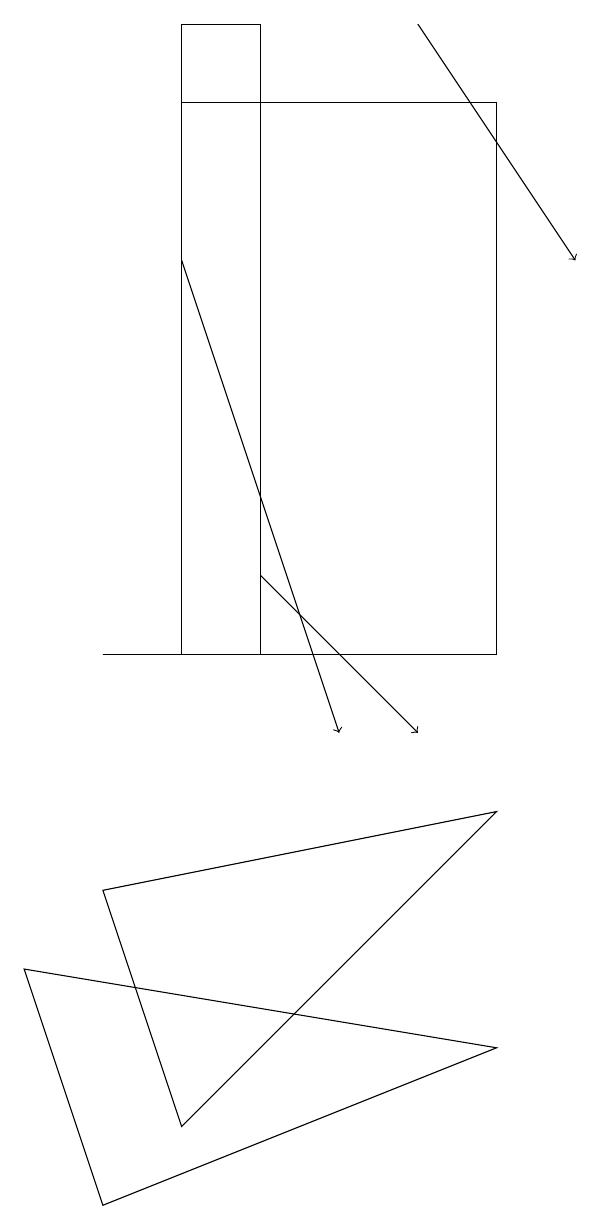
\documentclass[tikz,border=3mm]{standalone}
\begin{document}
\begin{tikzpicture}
\draw (7,11) rectangle (3,18);
\draw (4,11) rectangle (3,19);
\draw[->] (4,12) -- (6,10);
\draw (2,4) -- (7,6) -- (1,7) -- cycle;
\draw[->] (3,16) -- (5,10);
\draw (3,5) -- (7,9) -- (2,8) -- cycle;
\draw (2,11) rectangle (4,11);
\draw[->] (6,19) -- (8,16);
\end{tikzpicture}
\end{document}